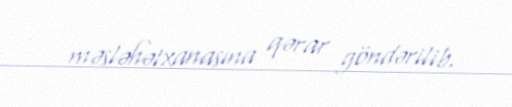
məsləhətxanasına qərar göndərilib.